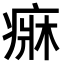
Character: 𤷲